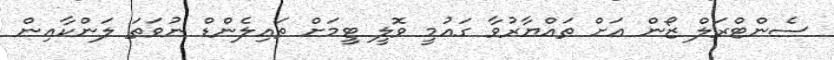
ސެންޓްރަލް ޒޯން އަށް ތައްޔާރުވާ ގައުމީ ވޮލީ ޓީމަށް ތައިލެންޑް ނުވަތަ ލަންކާއިން